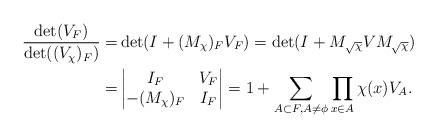
LaTeX: \begin{align*}\frac{\det(V_{F})}{\det((V_{\chi})_F)}=&\det(I+(M_{\chi})_FV_F)=\det(I+M_{\sqrt{\chi}}VM_{\sqrt{\chi}})\\=&\begin{vmatrix}I_F & V_F\\-(M_{\chi})_F & I_F\end{vmatrix}=1+\sum\limits_{A\subset F,A\neq \phi}\prod\limits_{x\in A}\chi(x)V_A.\end{align*}